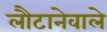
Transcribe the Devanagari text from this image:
लौटानेवाले